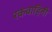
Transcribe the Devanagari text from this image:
रकवाहिनी